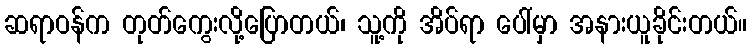
ဆရာဝန်က တုတ်ကွေးလို့ပြောတယ်၊ သူ့ကို အိပ်ရာ ပေါ်မှာ အနားယူခိုင်းတယ်။